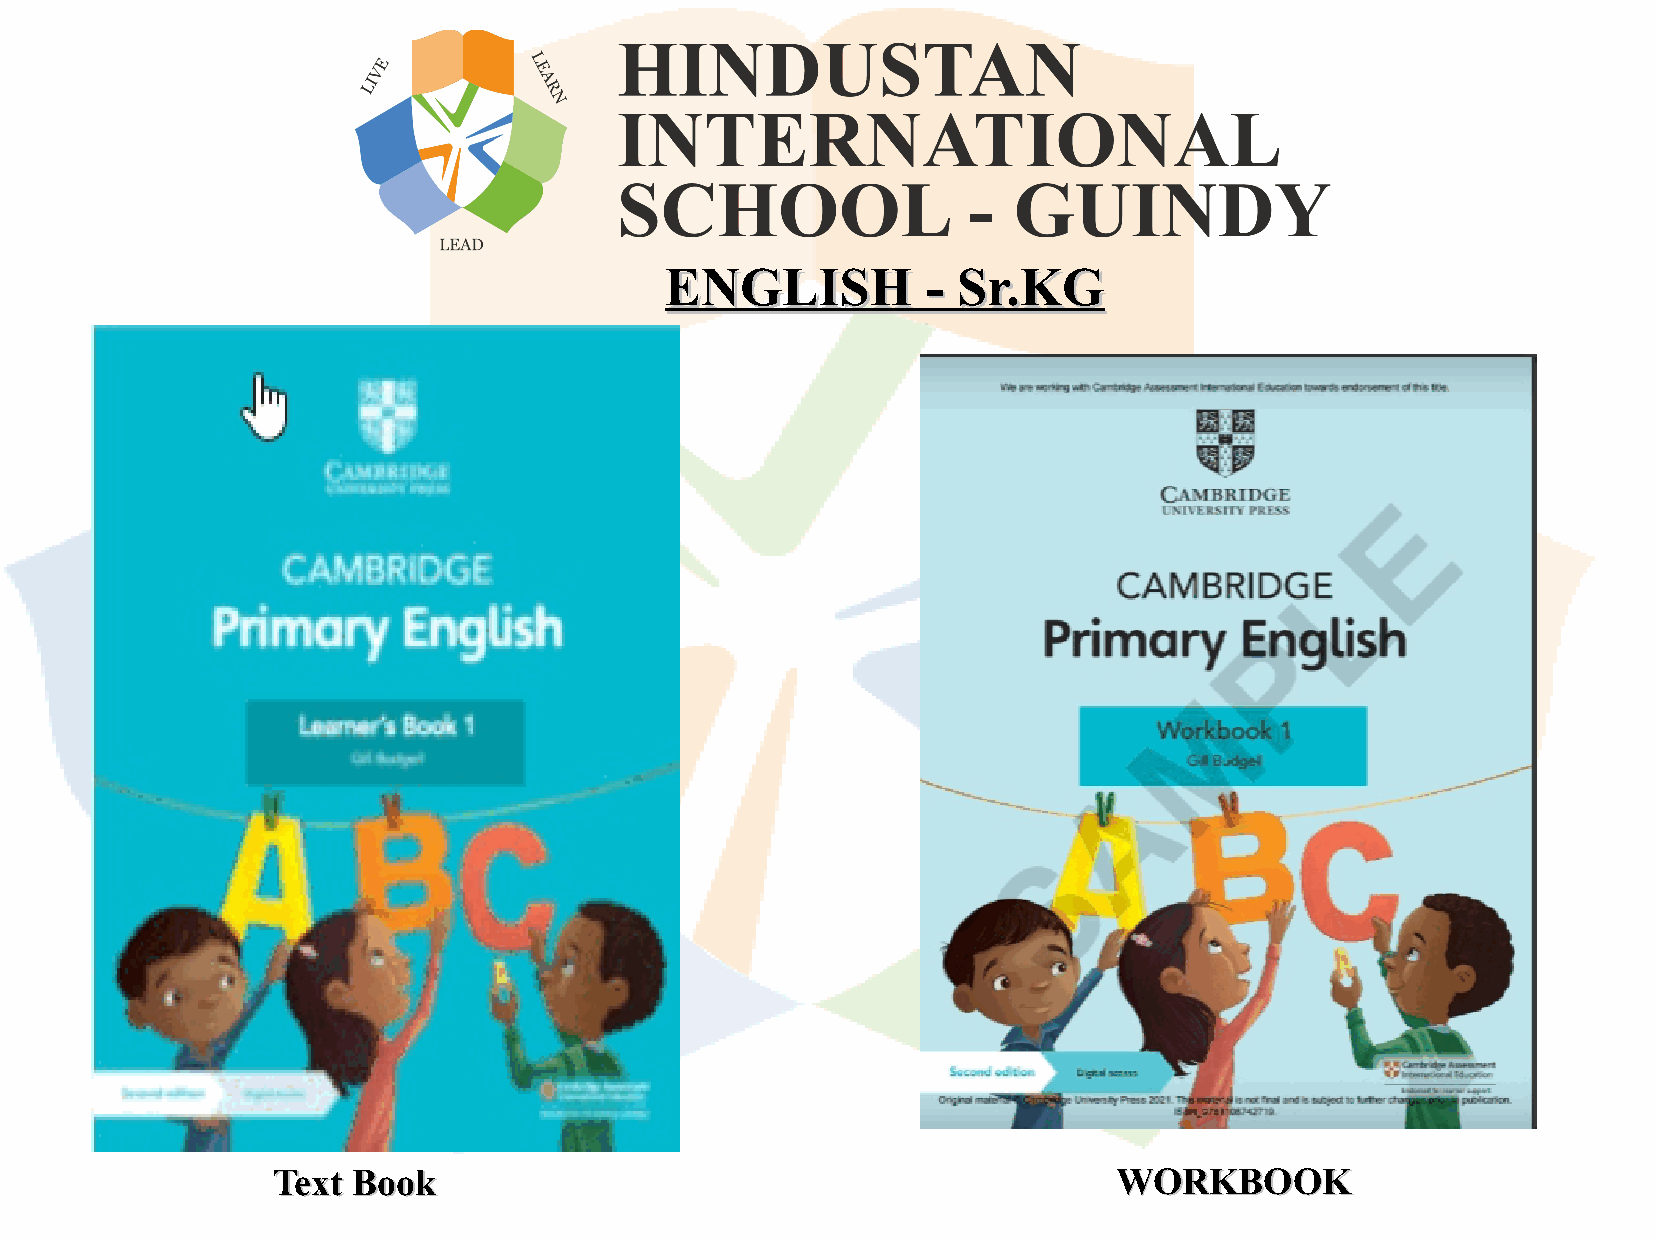
EENNGGLLIISSHH   -- SSrr..KKGG
 TTeexxtt BBooookk                                       WWOORRKKBBOOOOKK